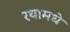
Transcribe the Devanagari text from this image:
रथामधे